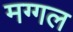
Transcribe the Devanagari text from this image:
मग्गल